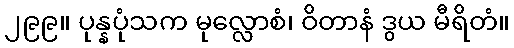
၂၉၉။ ပုန္နပုံသက မုလ္လောစံ၊ ဝိတာနံ ဒွယ မီရိတံ။